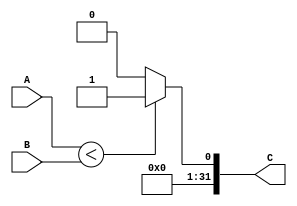
`timescale 1ns / 1ps
/*******************************************************************  
*  
* Module: SLTU.v  
* Project: SSRisc  
* Description: compares 2 32bit inputs and outputs if the first is less than the second
*  
* Change history: 28/06/19 - created
*                 
*  **********************************************************************/ 


module SLTU(
input [31:0] A, 
input [31:0] B,
output [31:0] C
    );
    
    assign C = (A < B)? 1 : 0;
endmodule